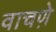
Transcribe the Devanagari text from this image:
वाचणे़